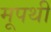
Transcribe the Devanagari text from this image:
मूपथी